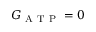
G _ { \mathrm { ~ A ~ T ~ P ~ } } = 0